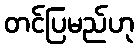
တင်ပြမည်ဟု